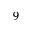
9